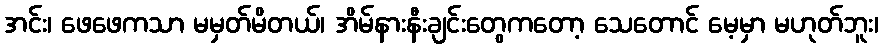
အင်း၊ ဖေဖေကသာ မမှတ်မိတယ်၊ အိမ်နားနီးချင်းတွေကတော့ သေတောင် မေ့မှာ မဟုတ်ဘူး၊